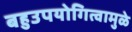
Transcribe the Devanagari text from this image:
बहुउपयोगित्वामुळे